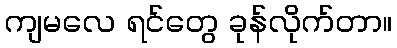
ကျမလေ ရင်တွေ ခုန်လိုက်တာ။